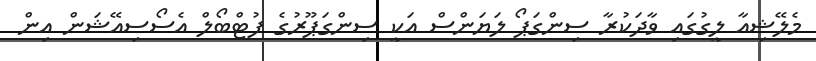
މެލޭޝިއާ ލީގުގަައި ވާދަކުރާ ސިންގަޕޯ ލަޔަންސް އަކީ ސިންގަޕޫރުގެ ފުޓްބޯލް އެސޯސިއޭޝަން އިން